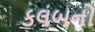
કલબનો